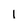
Character: 1